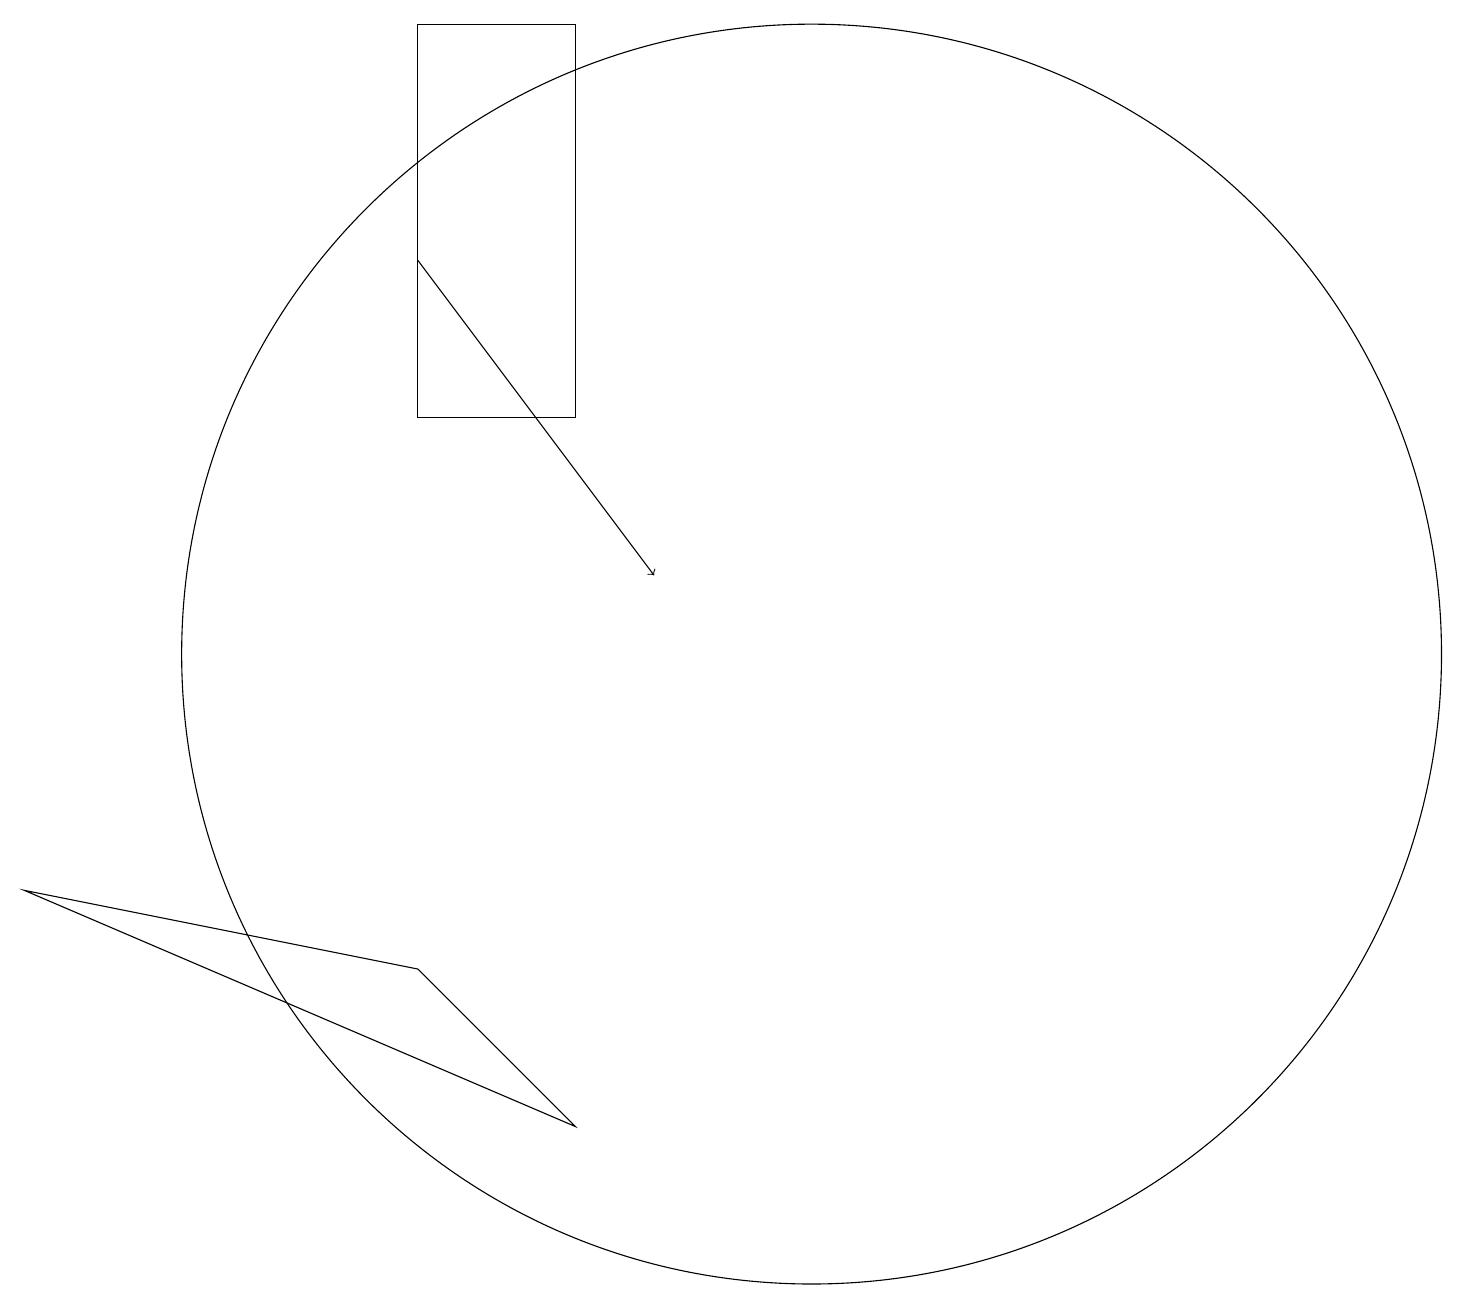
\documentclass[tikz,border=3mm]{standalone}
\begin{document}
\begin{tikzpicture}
\draw (10,10) circle (8);
\draw[->] (5,15) -- (8,11);
\draw (5,6) -- (0,7) -- (7,4) -- cycle;
\draw (7,13) rectangle (5,18);
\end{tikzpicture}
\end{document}